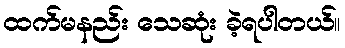
ထက်မနည်း သေဆုံး ခဲ့ရပါတယ်။